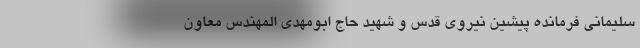
سلیمانی فرمانده پیشین نیروی قدس و شهید حاج ابومهدی المهندس معاون